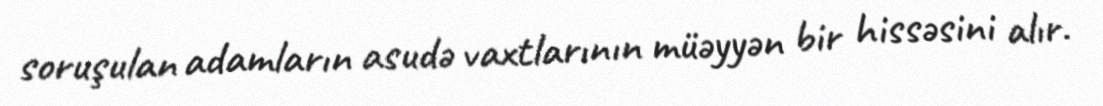
soruşulan adamların asudə vaxtlarının müəyyən bir hissəsini alır.